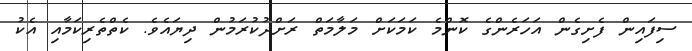
ސިފައިން ފެށިގެން އަހަރެންގެ ކޮންމެ ކަމަކަށް މަލާމަތް ރަށްދުކުރަމުން ދިޔައެވެ. ކެތްތެރިކަމާއި އެކު